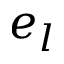
e _ { l }